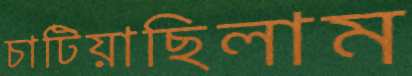
চাটিয়াছিলাম